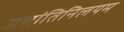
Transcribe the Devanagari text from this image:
प्रशांतिनिलयम